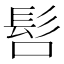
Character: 𲌚